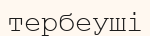
тербеуші